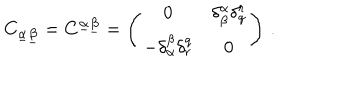
C _ { \underline { { \alpha } } \underline { { \beta } } } = C ^ { \underline { { \alpha } } \underline { { \beta } } } = \left( \begin{array} { c c } { { 0 } } & { { \delta _ { \beta } ^ { \alpha } \delta _ { q } ^ { r } } } \\ { { - \delta _ { \alpha } ^ { \beta } \delta _ { r } ^ { q } } } & { { 0 } } \\ \end{array} \right) \, .